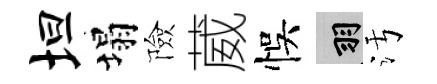
坦塌險葳悞羽污